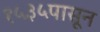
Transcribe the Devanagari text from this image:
१५३५पासून